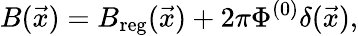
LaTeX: B(\vec{x})=B_{\mathrm{reg}}(\vec{x})+2\pi\Phi^{(0)}\delta(\vec{x}),